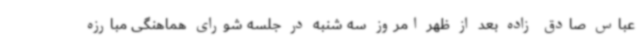
عباس صادق زاده بعد از ظهر امروز سه شنبه در جلسه شورای هماهنگی مبارزه